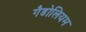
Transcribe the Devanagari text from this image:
गैडोलियम